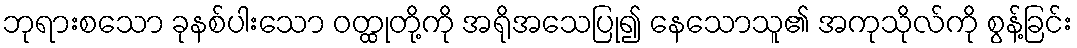
ဘုရားစသော ခုနစ်ပါးသော ဝတ္ထုတို့ကို အရိုအသေပြု၍ နေသောသူ၏ အကုသိုလ်ကို စွန့်ခြင်း